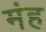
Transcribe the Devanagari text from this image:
मंह